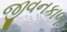
જીવનકાળ